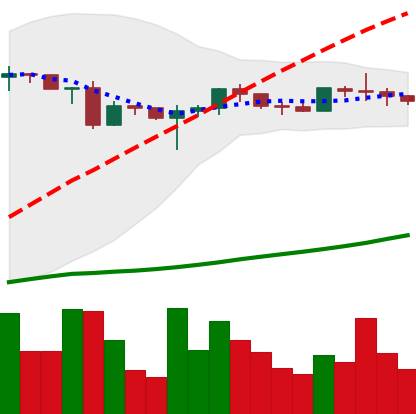
Ticker: ADA-USD
Chart end date: 2020-06-26
Forward return: 19.107%
Label: up_7plus